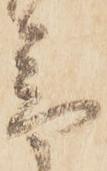
音